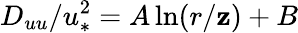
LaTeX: D_{uu}/u_{*}^{2}=A\ln(r/\mathbf{z})+B